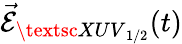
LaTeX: \vec{\mathcal{E}}_{\textsc{XUV}_{1/2}}(t)